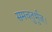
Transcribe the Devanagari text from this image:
समचतुर्भुज।